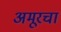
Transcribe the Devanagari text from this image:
अमूरचा